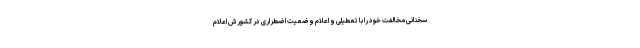
سخنانی مخالفت خود را با تعطیلی و اعلام وضعیت اضطراری در کشورش اعلام